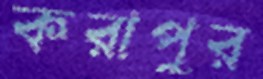
করাপুর